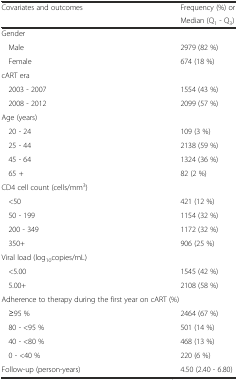
<table><thead><tr><td rowspan="2"><b>Covariates and outcomes</b></td><td><b>Frequency (%) or</b></td></tr><tr><td><b>Median (Q<sub>1</sub> - Q<sub>3</sub>)</b></td></tr></thead><tbody><tr><td colspan="2">Gender</td></tr><tr><td>Male</td><td>2979 (82 %)</td></tr><tr><td>Female</td><td>674 (18 %)</td></tr><tr><td colspan="2">cART era</td></tr><tr><td>2003 - 2007</td><td>1554 (43 %)</td></tr><tr><td>2008 - 2012</td><td>2099 (57 %)</td></tr><tr><td colspan="2">Age (years)</td></tr><tr><td>20 - 24</td><td>109 (3 %)</td></tr><tr><td>25 - 44</td><td>2138 (59 %)</td></tr><tr><td>45 - 64</td><td>1324 (36 %)</td></tr><tr><td>65 +</td><td>82 (2 %)</td></tr><tr><td colspan="2">CD4 cell count (cells/mm<sup>3</sup>)</td></tr><tr><td>&lt;50</td><td>421 (12 %)</td></tr><tr><td>50 - 199</td><td>1154 (32 %)</td></tr><tr><td>200 - 349</td><td>1172 (32 %)</td></tr><tr><td>350+</td><td>906 (25 %)</td></tr><tr><td colspan="2">Viral load (log<sub>10</sub>copies/mL)</td></tr><tr><td>&lt;5.00</td><td>1545 (42 %)</td></tr><tr><td>5.00+</td><td>2108 (58 %)</td></tr><tr><td colspan="2">Adherence to therapy during the first year on cART (%)</td></tr><tr><td>≥95 %</td><td>2464 (67 %)</td></tr><tr><td>80 - &lt;95 %</td><td>501 (14 %)</td></tr><tr><td>40 - &lt;80 %</td><td>468 (13 %)</td></tr><tr><td>0 - &lt;40 %</td><td>220 (6 %)</td></tr><tr><td>Follow-up (person-years)</td><td>4.50 (2.40 - 6.80)</td></tr></tbody></table>